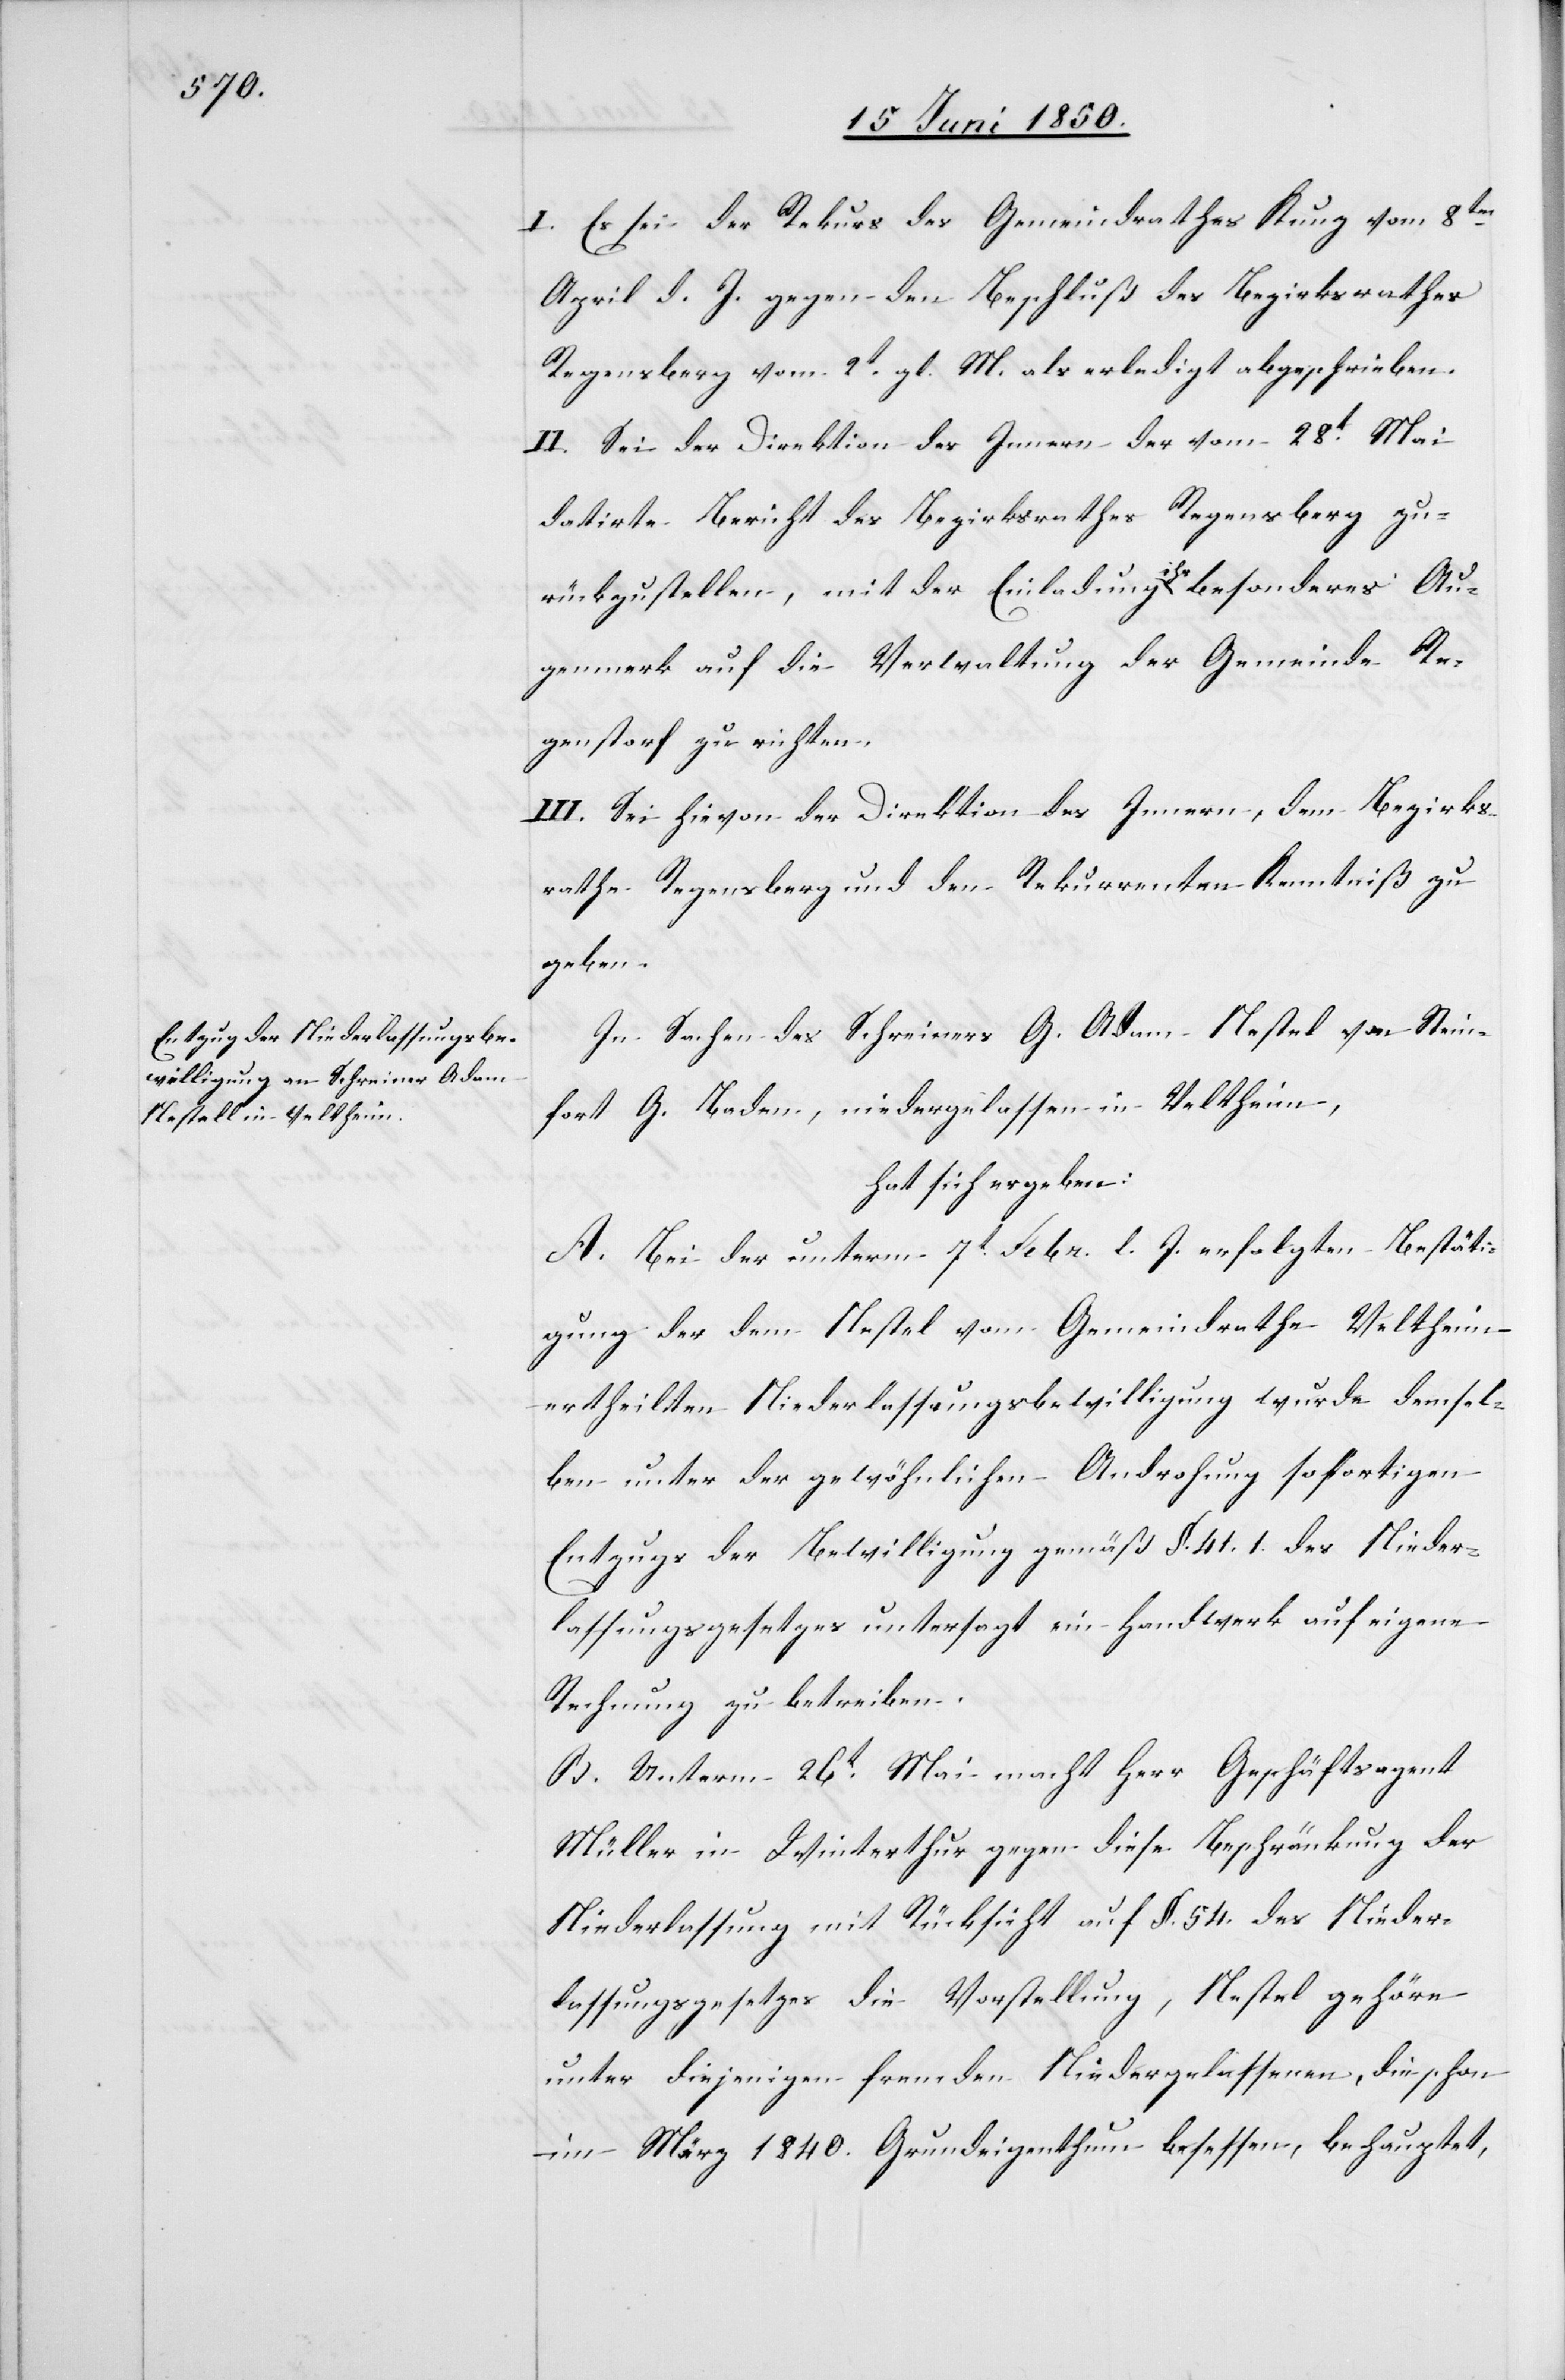
I. Es sei der Rekurs des Gemeindrathes Kunz vom 8ten
April d. J. gegen den Beschluß des Bezirksrathes
Regensberg vom 2t gl. M. als erledigt abgeschrieben.
II. Sei der Direktion des Innern der vom 28t Mai
datirte Bericht des Bezirksrathes Regensberg zu¬
rückzustellen, mit der Einladung ihr besonderes Au¬
genmerk auf die Verwaltung der Gemeinde Re¬
genstorf zu richten.
III. Sei hievon der Direktion des Innern, dem Bezirks¬
rathe Regensberg und den Rekurrenten Kenntniß zu
geben.
In Sachen des Schreiners G. Adam Nestel [sic!] von Stein¬
fort G. Baden, niedergelassen in Veltheim,
hat sich ergeben:
A. bei der unterm 7t Febr. l. J. erfolgten Bestäti¬
gung der dem Nestel vom Gemeindrathe Veltheim
ertheilten Niederlassungsbewilligung wurde demsel¬
ben unter der gewöhnlichen Androhung sofortigen
Entzugs der Bewilligung gemäß §. 41. 1. des Nieder¬
lassungsgesetzes untersagt ein Handwerk auf eigene
Rechnung zu betreiben.
B. Unterm 26t Mai macht Herr Geschäftsagent
Müller in Winterthur gegen diese Beschränkung der
Niederlassung mit Rücksicht auf §. 54. des Nieder¬
lassungsgesetzes die Vorstellung, Nestel gehöre
unter diejenigen fremden Niedergelassenen, die schon
im März 1840. Grundeigenthum besessen, behauptet,